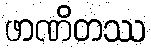
ဖာဏိတဿ